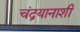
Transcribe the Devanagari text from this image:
चंद्रयानाशी